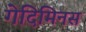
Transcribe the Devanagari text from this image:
गेदिमिनस